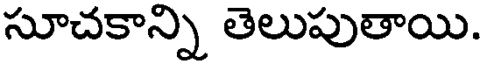
సూచకాన్ని తెలుపుతాయి.